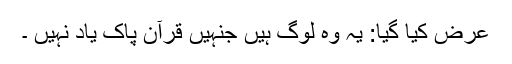
عرض کیا گیا: یہ وہ لوگ ہیں جنہیں قرآن پاک یاد نہیں ۔